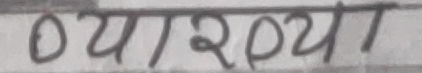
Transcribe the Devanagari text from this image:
व्याख्यान